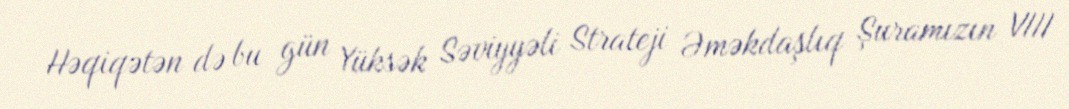
Həqiqətən də bu gün Yüksək Səviyyəli Strateji Əməkdaşlıq Şuramızın VIII